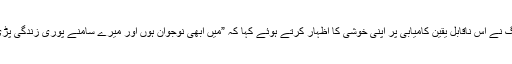
مل ہیگ نے اس ناقابل یقین کامیابی پر اپنی خوشی کا اظہار کرتے ہوئے کہا کہ ”میں ابھی نوجوان ہوں اور میرے سامنے پوری زندگی پڑی ہے۔